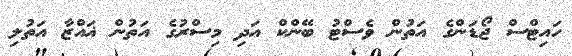
ހައިޓްސް ޖޯޑަންގެ އަތުން ވެސްޓު ބޭންކް އަދި މިސްރުގެ އަތުން ޣައްޒާ އަތުލި